Annual administration report of the Civil Veterinary Department of India - 1906-1907
Year: 1906
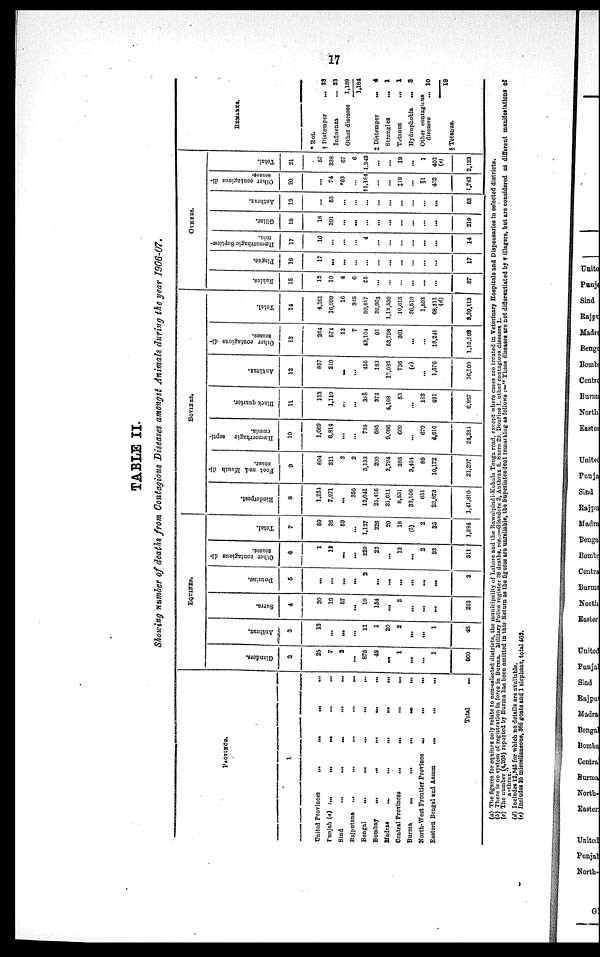
17
TABLE II.
Showing number of deaths from Contagious Diseases amongst Animals during the year 1906-07.
PROVINCE.
1
United Provinces
...
...
...
...
Punjab (a)
...
...
...
... ...
Sind
...
...
... ... ...
Rajputana
...
...
...
... ...
Bengal
...
...
...
... ...
Bombay
...
...
...
...
...
Madras
...
...
... ... ...
Central Provinces
...
...
... ...
Burma
...
...
... ... ...
North-West Frontier Province
...
...
...
Eastern Bengal and Assam
...
...
...
Total ...
EQUINES.
Glanders.
2
25
7
2
...
875
49
...
1
...
...
1
960
Anthrax.
3
13
...
...
...
11
1
20
2
...
...
1
48
Surra.
4
20
19
57
...
10
154
...
3
...
...
...
263
Dourine.
5
...
...
...
...
2
...
...
...
...
...
...
2
Other contagious di-
seases.
6
1
12
...
...
229
23
...
12
...
2
33
311
Total.
7
59
38
59
...
1,127
226
20
18
(b)
2
35
1,584
BOVINES.
Rinderpest.
8
1,254
7,971
...
356
12,041
25,416
31,611
8,531
33,106
651
20,873
1,41,810
Foot and Mouth di-
sease.
9
804
311
3
2
3,133
200
2,794
385
3,404
89
10,172
21,297
Hæmorrhagic
septi-
cæmia.
10
1,069
6,814
...
...
735
685
9,086
609
...
670
4,616
24,284
Black quarter.
11
113
1,119
...
...
388
372
4,168
53
...
183
491
6,887
Anthrax.
12
857
210
...
...
456
183
12,082
736
(c)
...
1,576
16,100
Other contagious di-
seases.
13
264
574
13
7
43,104
91
53,798
301
...
...
18,241
1,16,893
Total.
14
4,361
16,999
16
305
59,857
26,963
1,13,539
10,615
36,510
1,593
68,311
(d)
3,39,113
OTHERS.
Rabies.
15
12
10
4
6
55
...
...
...
...
...
...
87
Piague.
16
17
...
...
...
...
...
...
...
...
...
...
17
Hæmorrhagic Septieæ-
mia.
17
10
...
...
...
4
...
...
...
...
...
...
14
Gillar.
18
18
201
...
...
...
...
...
...
...
...
...
219
Anthrax.
19
...
53
...
...
...
...
...
...
...
...
...
53
Oilier contagious di-
seases.
20
...
74
*63
†1,184
...
...
‡19
...
§1
402
1,743
Total.
21
57
338
67
6
1,243
...
...
19
...
1
402
(e)
2,133
REMARKS.
* Rot.
† Distemper
... 23
Influenza ...23
Other diseases
1,138
1,184
‡ Distemper
...
4
Strangles
...
1
Tetanus
...
1
Hydrophobia
...
3
Other contagious
diseases
... 10
19
§Tetanus.
(a) The figures for equines only relate to non-selected districts, the municipality of Lahore and the Rawalpindi-Kohala Tonga road, except where cases are treated in Veterinary Hospitals and Dispensaries in selected districts.
(b) There is no system of registration in force in Burma. Military Police register 38 deaths, viz.:—Glanders 2, Anthrax 5. Surra 29. Dourine 1, other contagious diseases 1.
(c) The number (4,205) reported by Burma has been omitted in this Return as the figures are unreliable, the Superintendent remarking as follows :—" These diseases are not differentiated by villagers, but are considered as different manifestations of
anthrax."
(d) Includes 12,342 for which no details are available.
(e) Includes 35 miscellaneous, 366 goats and 1 elephant, total 403.